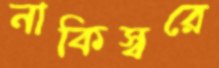
নাকিস্বরে